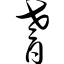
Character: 耆